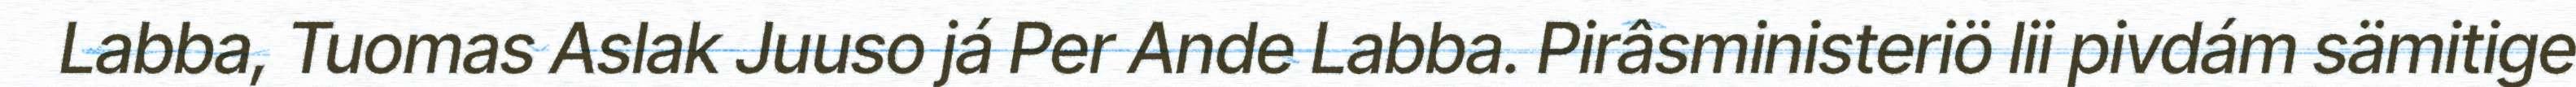
Labba, Tuomas Aslak Juuso já Per Ande Labba. Pirâsministeriö lii pivdám sämitige